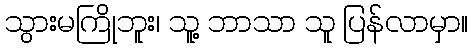
သွားမကြိုဘူး၊ သူ့ ဘာသာ သူ ပြန်လာမှာ။